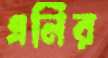
এনির